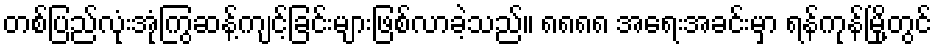
တစ်ပြည်လုံးအုံကြွဆန့်ကျင့်ခြင်းများဖြစ်လာခဲ့သည်။ ၈၈၈၈ အရေးအခင်းမှာ ရန်ကုန်မြို့တွင်